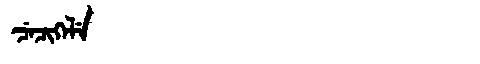
Manchu: ᠴᡝᠴᡳᡴᡝᠯᡝ
Romanization: CECIKELE